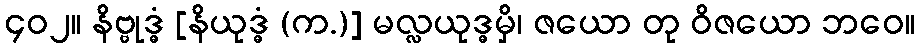
၄၀၂။ နိဗ္ဗုဒ္ဓံ [နိယုဒ္ဓံ (က.)] မလ္လယုဒ္ဓမှိ၊ ဇယော တု ဝိဇယော ဘဝေ။